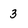
Character: 3